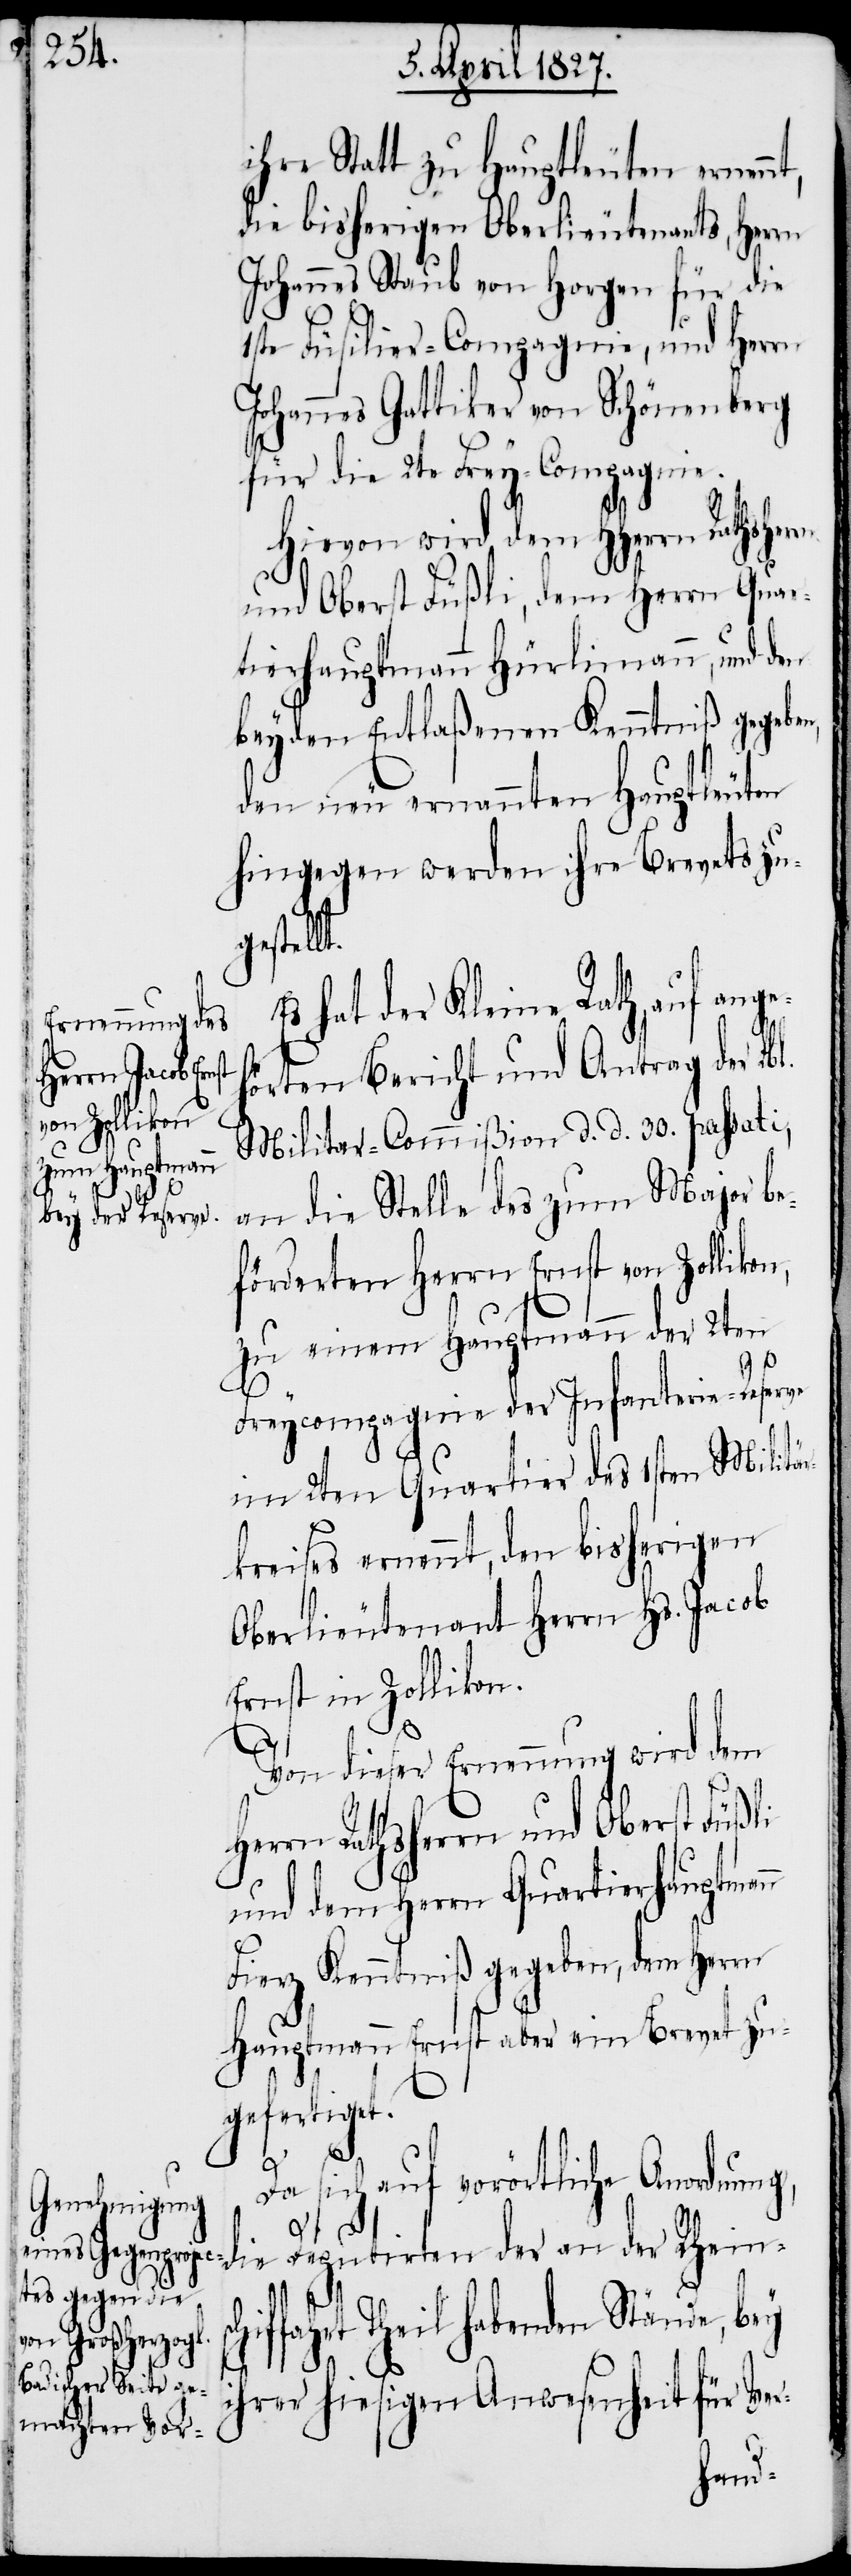
ihre Statt zu Hauptleuten ernen¬
die bisherigen Oberlieutenants, Herrn
Johannes Staub von Horgen für die
1ste Füsilier-Compagnie, und Herrn
Johannes Gattiker von Schönenberg
für die 2te Frey-Compagnie.
Hievon wird dem HHerrn
und Oberst Füßli, dem Herrn Quar¬
tierhauptmann Hürlimann, und den
beyden Entlaßenen Kenntniß gegebe¬
den neu ernannten Hauptleuten
hingegen werden ihre Brevets zu¬
gestell¬
s hat der Kleine Rath, auf ang¬
örten Bericht und Antrag der Lbl.
Herrn Raths¬
Militar-Commißion d. d. 30. passati,
an die Stelle des zum Major be¬
förderten Herrn Ernst von Zollikon,
zu einem Hauptmann der 2ten
n
Freycompagnie der Infanterie-Reserve
im 2ten Quartier des 1sten Militä¬
rkreises ernennt, den bisherigen
Oberlieutenant Herrn Hs. Jacob
Ernst in Zollikon.
Von dieser Ernennung wird dem
herrn und Oberst Füßli
und dem Herrn Quartierhauptman¬
Fierz Kenntniß gegeben, dem Herrn
Hauptmann Ernst aber ein Brevet zu¬
gefertigt.
eh¬
Da sich auf vorörtliche Anordnung,
fahrt Theil habenden Stände, bey
der Rheinschif¬
ihrer hiesigen Anwesenheit für Ver-